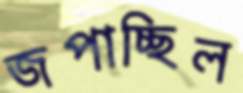
জপাচ্ছিল